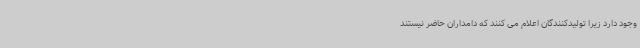
وجود دارد زیرا تولیدکنندگان اعلام می کنند که دامداران حاضر نیستند